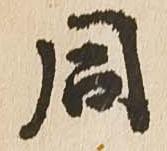
同